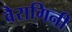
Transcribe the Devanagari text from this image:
वैरागिनी